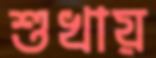
শুখায়